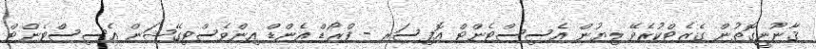
ޤާނޫނީގޮތުން ގެޒެޓްކުރެވޭ ލިޔުން އެސިސްޓެންޓް އޮފިސަރ - ފްރޯޑް އެންޑް އިންވެސްޓިގޭޝަން އެސިސްޓެންޓް